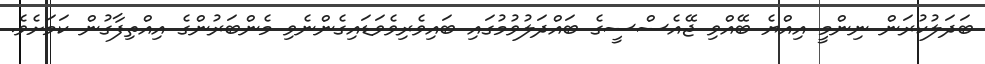
ބަދަލުކުރަން ނިންމީ އިއްޔެ ބޭއްވި ޖޭއެސްސީގެ ބައްދަލުވުމުގައި ބައިވެރިވެވަޑައިގެންނެވި މެންބަރުންގެ އިއްތިފާގުން ކަމަށެވެ.